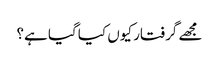
مجھے گرفتار کیوں کیا گیا ہے؟